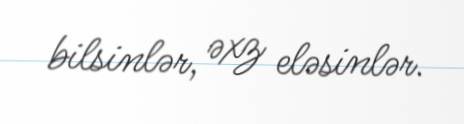
bilsinlər, əxz eləsinlər.